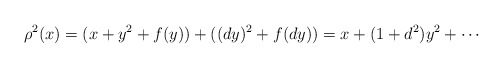
\begin{align*}\rho^2(x) = (x+y^2+f(y)) + ((dy)^2 + f(dy)) = x + (1+d^2)y^2 + \cdots\end{align*}